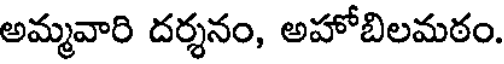
అమ్మవారి దర్శనం, అహోబిలమఠం.